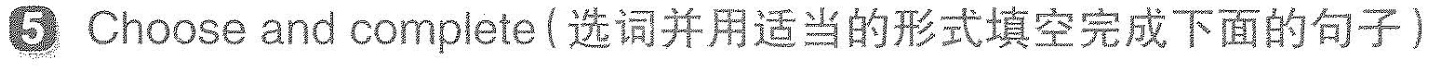
⑤ Choose and complete (选词并用适当的形式填空完成下面的句子)